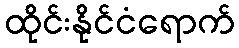
ထိုင်းနိုင်ငံရောက်